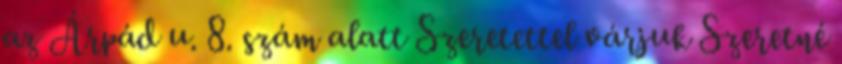
az Árpád u. 8. szám alatt Szeretettel várjuk Szeretné